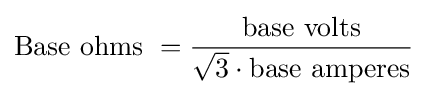
{\text{Base ohms }}={\frac {\text{base volts}}{{\sqrt {3}}\cdot {\text{base amperes}}}}